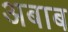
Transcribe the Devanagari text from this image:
अबाब